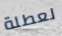
لعطلة